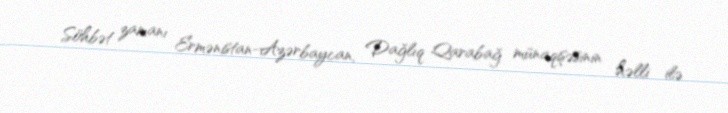
Söhbət zamanı Ermənistan-Azərbaycan, Dağlıq Qarabağ münaqişəsinin həlli ilə